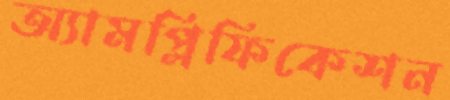
অ্যামপ্লিফিকেশন